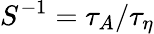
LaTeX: S^{-1}=\tau_{A}/\tau_{\eta}